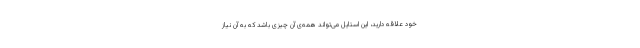
خود علاقه دارید، این استایل می‌تواند همه‌ی آن چیزی باشد که به آن نیاز